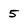
Character: 5